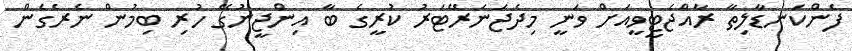
ފެންކަނޑާލިތާ ރާއްޖެޓީވީއަށް ވަނީ މިދެޖަނަރޭޓަރު ކުރީގެ ބާ އިންޖީނުގޭ ހުރި ބިމުން ނެރެގެން